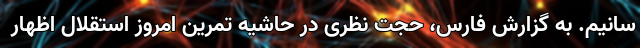
سانیم. به گزارش فارس، حجت نظری در حاشیه تمرین امروز استقلال اظهار